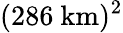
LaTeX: (286~\mathrm{km})^{2}